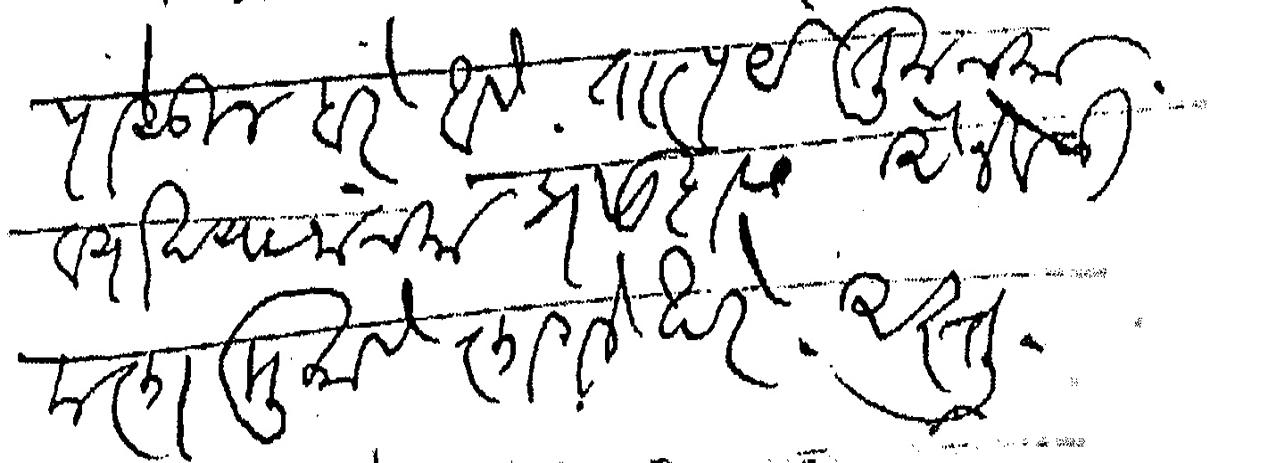
Transliteration (Devanagari): दिवसापासून बरे आहे तात्पर्य तुमच्या व्याख्यानांच्या प्रसादास ऐनवेळी मला मुकावे लागले खरे अस्तु